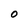
Character: O